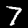
Digit: 7